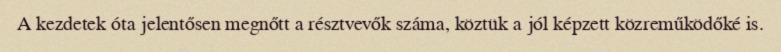
A kezdetek óta jelentősen megnőtt a résztvevők száma, köztük a jól képzett közreműködőké is.